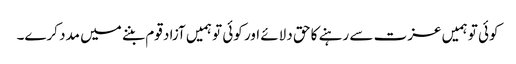
کوئی تو ہمیں عزت سے رہنے کا حق دلائے اور کوئی تو ہمیں آزاد قوم بننے میں مدد کرے۔